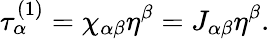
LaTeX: \tau_{\alpha}^{(1)}=\chi_{\alpha\beta}\eta^{\beta}=J_{\alpha\beta}\eta^{\beta}.